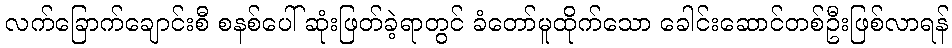
လက်ခြောက်ချောင်းစီ စနစ်ပေါ် ဆုံးဖြတ်ခဲ့ရာတွင် ခံတော်မူထိုက်သော ခေါင်းဆောင်တစ်ဦးဖြစ်လာရန်